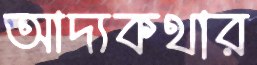
আদ্যকথার